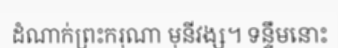
ដំណាក់ព្រះករុណា មុនីវង្ស។ ទន្ទឹមនោះ